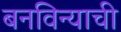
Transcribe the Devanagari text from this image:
बनविन्याची